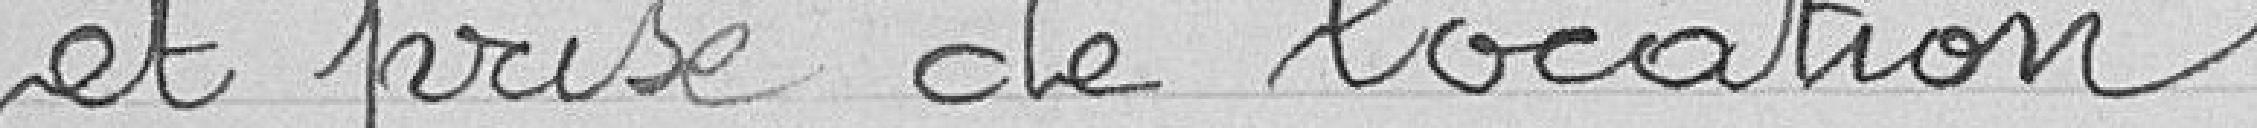
et prise de location